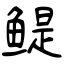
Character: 鳀